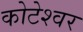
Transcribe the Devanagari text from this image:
कोटेश्‍वर